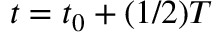
t = t _ { 0 } + ( 1 / 2 ) T